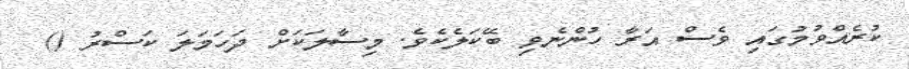
ކުރެއްވުމުގައި ވެސް އަރާ ހުންނެވި ބޭކަލެކެވެ. މިސާލަކަށް ދަހަމަލަ ކަސްރު ()